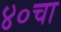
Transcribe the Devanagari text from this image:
४०चा